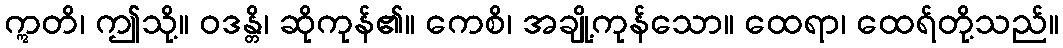
ဣတိ၊ ဤသို့။ ဝဒန္တိ၊ ဆိုကုန်၏။ ကေစိ၊ အချို့ကုန်သော။ ထေရာ၊ ထေရ်တို့သည်။